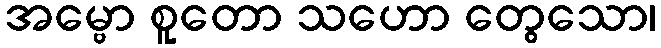
အမ္ဗော စူတော သဟော တွေသော၊